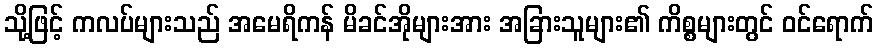
သို့ဖြင့် ကလပ်များသည် အမေရိကန် မိခင်အိုများအား အခြားသူများ၏ ကိစ္စများတွင် ဝင်ရောက်